Annual report on the working of the mental hospitals in the Madras Presidency - 1912-1932
Year: 1912
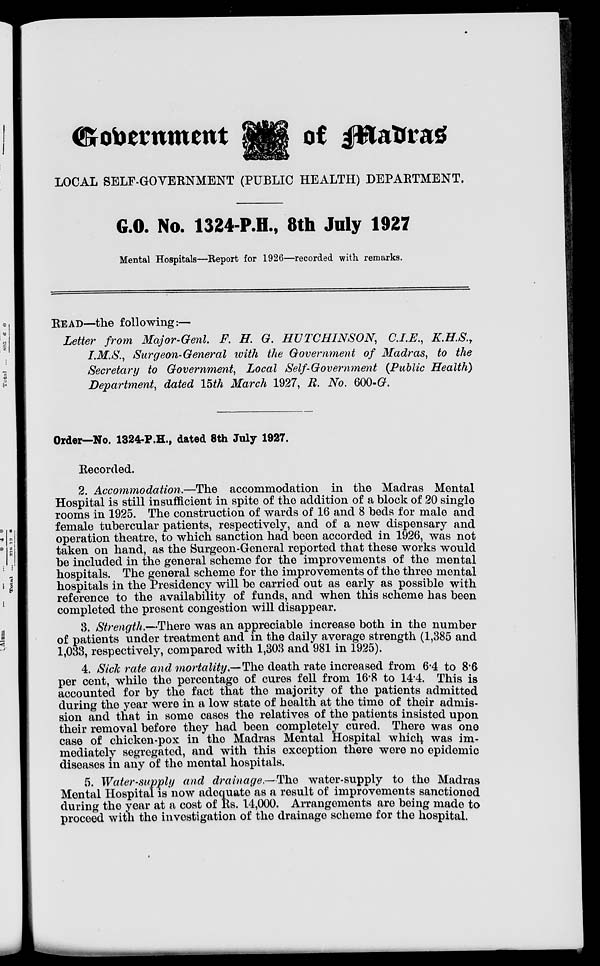
Government
of Madras
LOCAL SELF-GOVERNMENT (PUBLIC HEALTH) DEPARTMENT.
G.O. No. 1324-P.H., 8th July 1927
Mental Hospitals—Report for 1926—recorded with remarks.
READ—the following:—
Letter from Major-Genl. F. H. G. HUTCHINSON,
C.I.E., K.H.S.,
I.M.S., Surgeon-General with the Government of Madras, to the
Secretary to Government, Local Self-Government (Public Health)
Department, dated 15th March 1927, R. No. 600-G.
Order—No. 1324-P.H., dated 8th July 1927.
Recorded.
2. Accommodation.—The accommodation in the Madras Mental
Hospital is still insufficient in spite of the addition of a block of 20 single
rooms in 1925. The construction of wards of 16 and 8 beds for male and
female tubercular patients, respectively, and of a new dispensary and
operation theatre, to which sanction had been accorded in 1926, was not
taken on hand, as the Surgeon-General reported that these works would
be included in the general scheme for the improvements of the mental
hospitals. The general scheme for the improvements of the three mental
hospitals in the Presidency will be carried out as early as possible with
reference to the availability of funds, and when this scheme has been
completed the present congestion will disappear.
3. Strength.—There was an appreciable increase both in the number
of patients under treatment and in the daily average strength (1,385 and
1,033, respectively, compared with 1,303 and 981 in 1925).
4. Sick rate and mortality.—The death rate increased from 6.4 to 8.6
per cent, while the percentage of cures fell from 16.8 to 14.4. This is
accounted for by the fact that the majority of the patients admitted
during the year were in a low state of health at the time of their admis-
sion and that in some cases the relatives of the patients insisted upon
their removal before they had been completely cured. There was one
case of chicken-pox in the Madras Mental Hospital which was im-
mediately segregated, and with this exception there were no epidemic
diseases in any of the mental hospitals.
5. Water-supply and drainage.— The water-supply to the Madras
Mental Hospital is now adequate as a result of improvements sanctioned
during the year at a cost of Rs. 14,000. Arrangements are being made to
proceed with the investigation of the drainage scheme for the hospital.